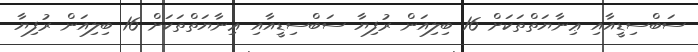
ސަބްސިޑީއާއި ޢިނާޔަތްތަކަށް 16 ބިލިއަން ރުފިޔާ ސަބްސިޑީއާއި ޢިނާޔަތްތަކަށް 16 ބިލިއަން ރުފިޔާ